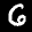
Label: 6